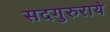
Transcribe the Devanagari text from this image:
सदगुरुराये